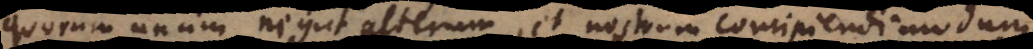
quorum unum negat alterum, et nostrum concipiendi modum